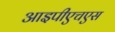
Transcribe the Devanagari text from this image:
आइपीएचएस